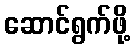
ဆောင်ရွက်ဖို့